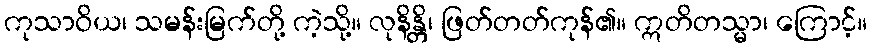
ကုသာဝိယ၊ သမန်းမြက်တို့ ကဲ့သို့။ လုနိန္တိ၊ ဖြတ်တတ်ကုန်၏။ ဣတိတသ္မာ၊ ကြောင့်။